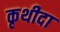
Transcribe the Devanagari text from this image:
कृथीदा